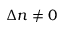
\Delta n \neq 0